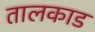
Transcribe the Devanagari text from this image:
तालकाड